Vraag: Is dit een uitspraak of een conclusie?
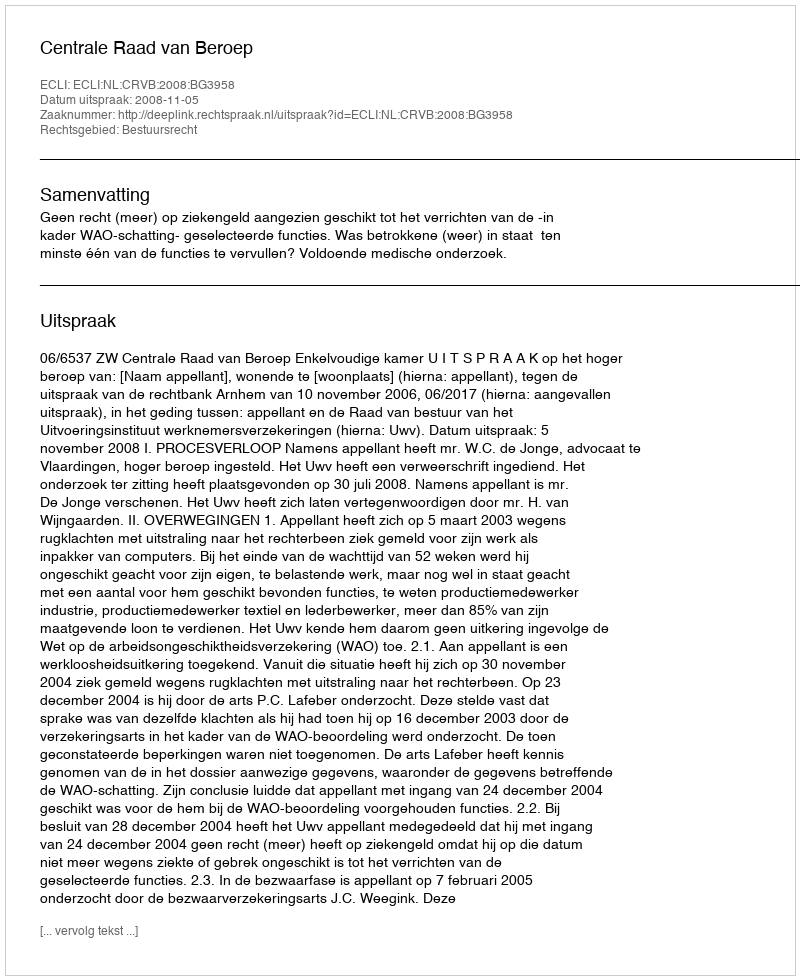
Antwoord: Uitspraak